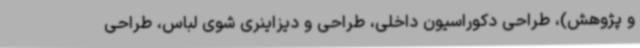
و پژوهش)، طراحی دکوراسیون داخلی، طراحی و دیزاینری شوی لباس، طراحی